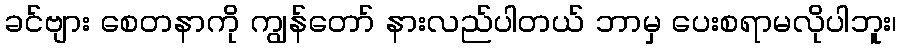
ခင်ဗျား စေတနာကို ကျွန်တော် နားလည်ပါတယ် ဘာမှ ပေးစရာမလိုပါဘူး၊